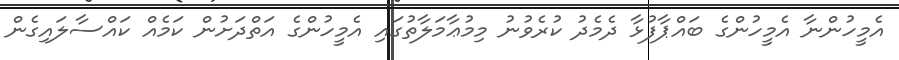
އެމީހުންނާ އެމީހުންގެ ބައްޕާފުޅާ ދެމެދު ކުރެވުނު މިމުޢާމަލާތުގައި އެމީހުންގެ އަތްދަށުން ކަމެއް ކައްސާލައިގެން